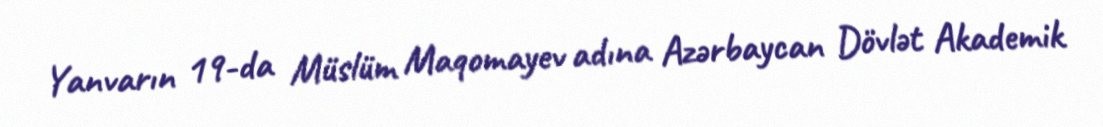
Yanvarın 19-da Müslüm Maqomayev adına Azərbaycan Dövlət Akademik